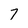
Character: 7